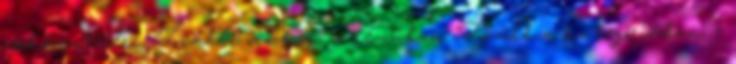
csökkentésére. További cikkek a témában: Tovább a kategóriában: «